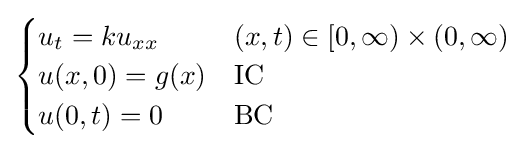
{\begin{cases}u_{t}=ku_{xx}&(x,t)\in [0,\infty )\times (0,\infty )\\u(x,0)=g(x)&{\text{IC}}\\u(0,t)=0&{\text{BC}}\end{cases}}